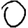
Digit: 0